Source: Handwritten
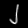
Digit: ၂ (2)